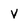
Character: V